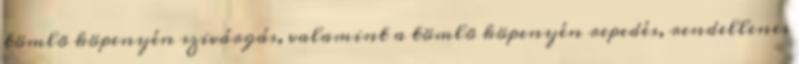
tömlõ köpenyén szivárgás, valamint a tömlõ köpenyén repedés, rendellenes